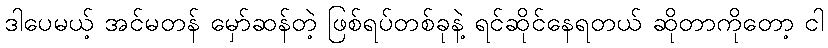
ဒါပေမယ့် အင်မတန် မှော်ဆန်တဲ့ ဖြစ်ရပ်တစ်ခုနဲ့ ရင်ဆိုင်နေရတယ် ဆိုတာကိုတော့ ငါ